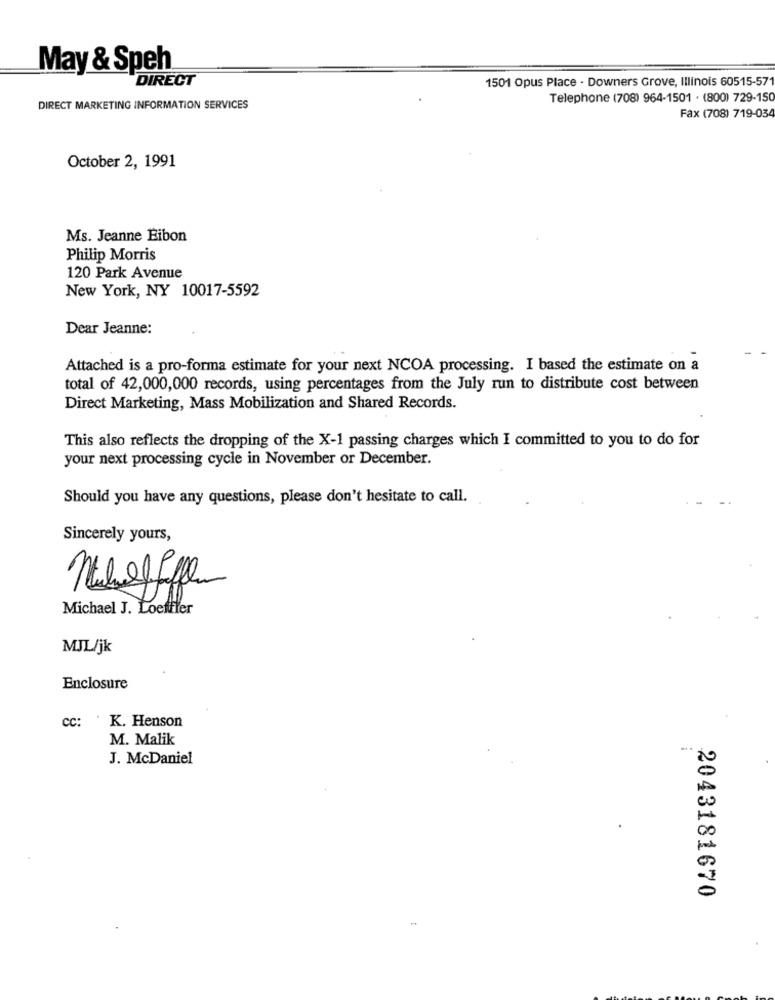
May & Speh
DIRECT
1501 Opus Place - Downers Grove, Illinois 60515-571
Telephone (708) 964-1501 . (800) 729-150
DIRECT MARKETING INFORMATION SERVICES
Fax (708) 719-034
October 2, 1991
Ms. Jeanne Eibon
Philip Morris
120 Park Avenue
New York, NY 10017-5592
Dear Jeanne:
- -
Attached is a pro-forma estimate for your next NCOA processing. I based the estimate on a
total of 42,000,000 records, using percentages from the July run to distribute cost between
Direct Marketing, Mass Mobilization and Shared Records.
This also reflects the dropping of the X-1 passing charges which I committed to you to do for
your next processing cycle in November or December.
Should you have any questions, please don't hesitate to call.
Sincerely yours,
Michael J. Loeffler
MJL/jk
Enclosure
cc: K. Henson
M. Malik
J. McDaniel
2043181670